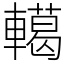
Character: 轕